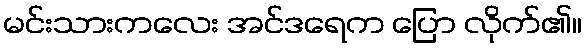
မင်းသားကလေး အင်ဒရေက ပြော လိုက်၏။